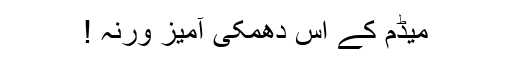
میڈم کے اس دھمکی آمیز ورنہ !